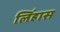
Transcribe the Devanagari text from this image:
लिंहास